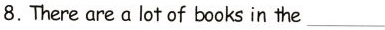
8. There are a lotof books in the ___